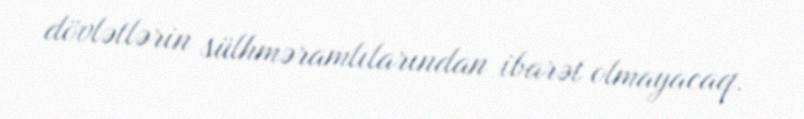
dövlətlərin sülhməramlılarından ibarət olmayacaq.